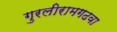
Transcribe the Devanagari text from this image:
गुरलीरामगढवा